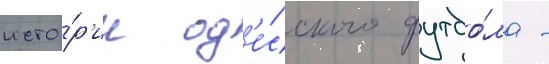
исто́р'ии од'е́сского футбо́ла -